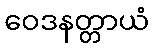
ဝေဒနတ္တာယံ